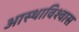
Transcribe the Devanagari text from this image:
आस्थाविश्वास